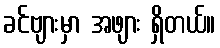
ခင်ဗျားမှာ အဖျား ရှိတယ်။